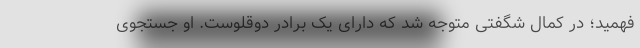
فهمید؛ در کمال شگفتی متوجه شد که دارای یک برادر دوقلوست. او جستجوی